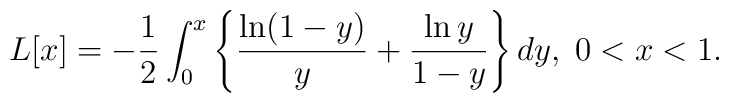
L[x]=-\frac{1}{2}\int_{0}^{x}\left\{\frac{\ln(1-y)}{y}+\frac{\ln y}{1-y}\right\}dy,\; 0 < x < 1.